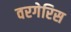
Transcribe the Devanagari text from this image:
वरगेरिस